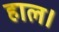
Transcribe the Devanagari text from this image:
हाल।